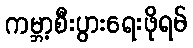
ကမ္ဘာ့စီးပွားရေးဖိုရမ်